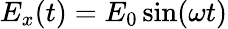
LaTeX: E_{x}(t)={E_{0}}\sin(\omega t)